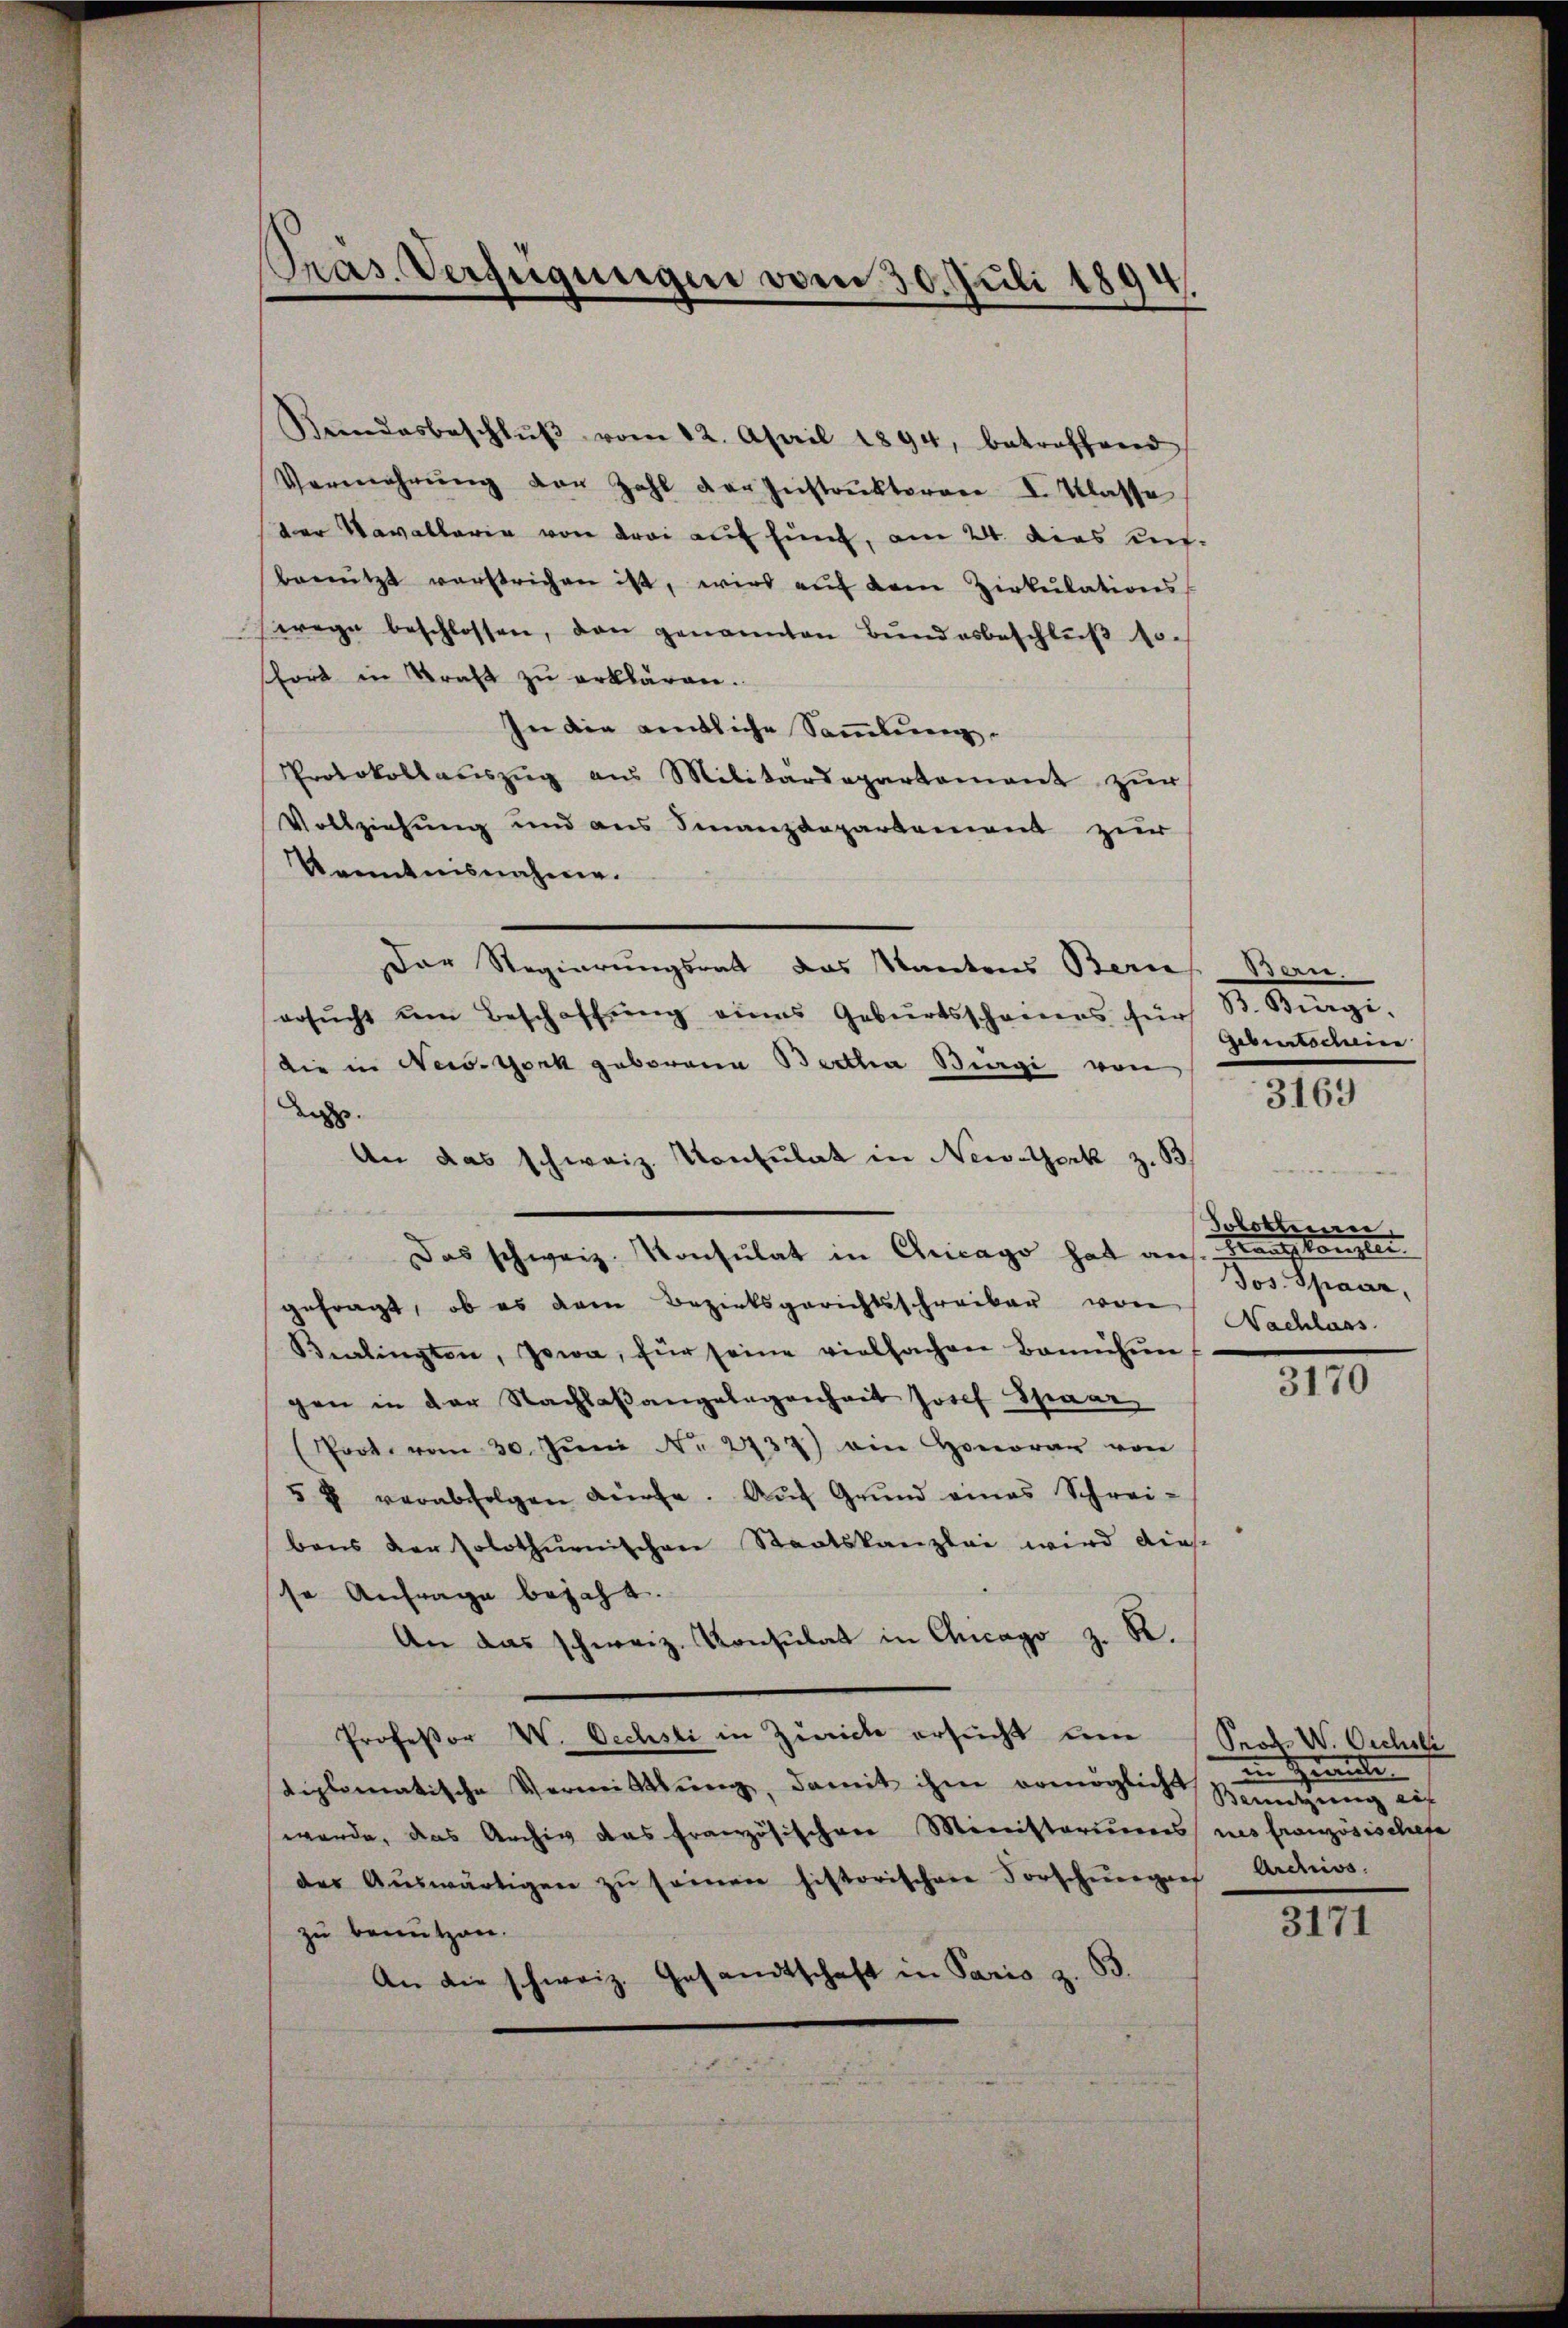
Pras. Verfügungen vom 30. Juli 1894
|
.

Kŭndesbeschlŭβ vom 12. April 1894, betroffend
Vermehrŭng der Zahl der Instrŭktoren d. Klasse
der Kavallaria von drei auf hint, am 24. dies ausbenützt verstrichen ist, wird aŭf dem Zirkŭlations
wege beschlossen, den genannten Bŭndesbeschlŭβ so.
fort in Kraft zu erklären.
In die amtliche Sammlung.
Protokollauszug aus Militärdepartement zur
Vollziehung und aus Finanzdepartement zur
Kenntnisnahme.
Der Regierungsrath das Kantons Bernes Bern.
ersucht um Beschaffung eines Geburtsscheines für
die in New-York geborene Bertha Bürgi von
das
An das schweiz. Konsulat in Newsterk z. B
Das schweiz. Konsulat in Chicago hat auf
gefragt, ob es dem Bezirksgerichtsschreiber von Nachlass
Bealingten, Jowa, für seine vielfachen Bannehmer
gen in der Nachlaßangelegenheit Josef Schwar
(Poot. vom 30. Jŭni Nr. 2733) ein Honorar von
5 u verabfolgen dürfe. Aŭf Grŭnd eines Schrei-
bens der solothurnischen Staatskanzlei wird diese
se Anfrage bejaht.
An das schweiz. Konsulat in Chicago z. R.
Professor W. Oechsli in Zürich ersucht un
diplomatische Vermittlung, damit ihm ermöglich Benutzung auf
wurde, das Archiv das französischen Ministeriums nes französischefa
der Aŭswärtigen zŭ seinen historischere Vorschurgauf
zu benutzen.
B.
An die schweiz. Gesandtschaft in Paris z.

8. Bürgi.
Geburtscheine
3169

Schottinn
Franzkanzlei
Jos. Spaar,

3170

Prod. W. Oechsli
in Herante
Archivs.

3171